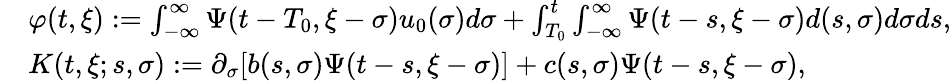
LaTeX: \begin{array}{rl}&{\varphi(t,\xi):=\int_{-\infty}^{\infty}\Psi(t-T_{0},\xi-\sigma)u_{0}(\sigma)d\sigma+\int_{T_{0}}^{t}\int_{-\infty}^{\infty}\Psi(t-s,\xi-\sigma)d(s,\sigma)d\sigma ds,}\\ &{K(t,\xi;s,\sigma):=\partial_{\sigma}[b(s,\sigma)\Psi(t-s,\xi-\sigma)]+c(s,\sigma)\Psi(t-s,\xi-\sigma),}\end{array}